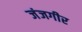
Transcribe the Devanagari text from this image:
जंजगीर